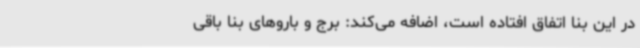
در این بنا اتفاق افتاده است، اضافه می‌کند: برج و باروهای بنا باقی